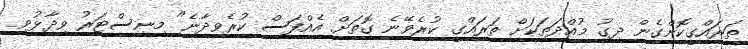
ތަރައްގީކޮށްގެން ދިގު މުއްދަތަކަށް ތަރައްގީ ކުރެވޭނެ ގޮތަށް އެއްފަސް ކުރެވިދާނެ" މިނިސްޓަރު ވިދާޅުވި